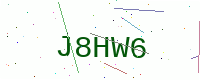
Text: J8HW6